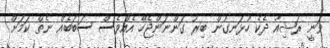
ވަނީ ރަޝިއާ ދެކެ ހުޅަނގުން ބިރު ގަންނަންޖެހޭ އެއްވެސް ސަބަބެއް ނެތް ކަމަށް